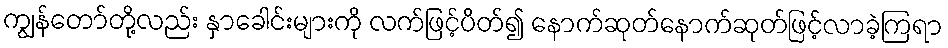
ကျွန်တော်တို့လည်း နှာခေါင်းများကို လက်ဖြင့်ပိတ်၍ နောက်ဆုတ်နောက်ဆုတ်ဖြင့်လာခဲ့ကြရာ